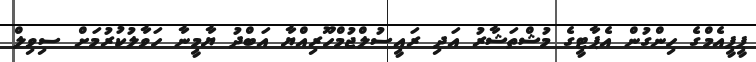
ޕީޕީއެމްގެ ހިންގުން އެޕާޓީގެ މުޝްތަޝާރު އަދި ރައީސުލްޖުމްހޫރިއްޔާ އަބްދު ޔާމީނާ ހަވާލުކުރުމަށް ސިވިލް